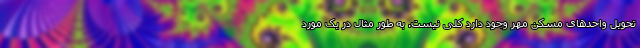
تحویل واحدهای مسکن مهر وجود دارد کلی نیست. به طور مثال در یک مورد